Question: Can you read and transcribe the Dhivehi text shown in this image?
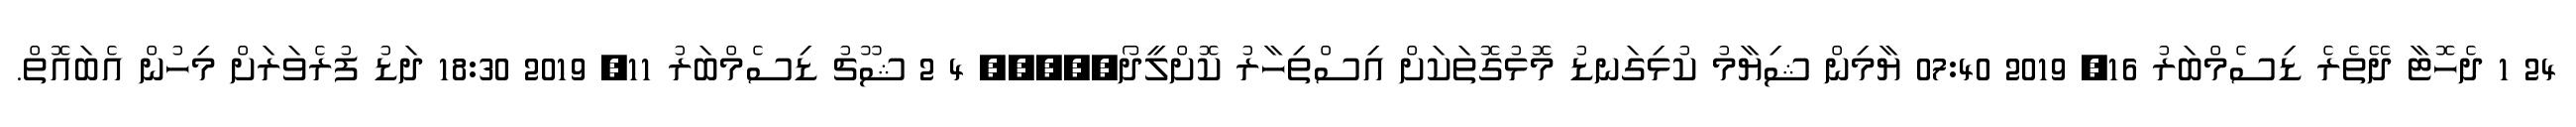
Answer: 24 1 ދެހޮޓާ ދޭތެރެ ޑިސެމްބަރު 16, 2019 07:40 ޔާމިން ޝިޔާމު ކުޅިގަނޑު މޮޅުގޮތަކަށް އިސްތިހާރު ކޮށްލީދޯ????? 4 2 ޝޫޗު ޑިސެމްބަރު 11, 2019 18:30 ދަޑު ފުރެވަރަށް މިހުން އެބައޮތް.